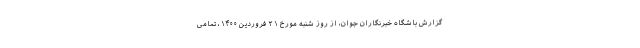
گزارش باشگاه خبرنگاران جوان، از روز شنبه مورخ ۲۱ فروردین ۱۴۰۰، تمامی